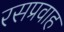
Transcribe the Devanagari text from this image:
रसप्रवाह